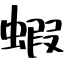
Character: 蝦